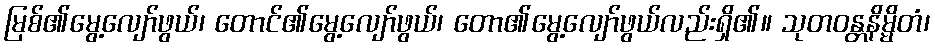
မြစ်၏မွေ့လျော်ဖွယ်၊ တောင်၏မွေ့လျော်ဖွယ်၊ တော၏မွေ့လျော်ဖွယ်လည်းရှိ၏။ သုတဝန္တနိမ္မိတံ၊